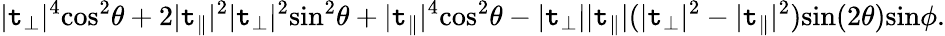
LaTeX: \lvert\mathtt{t}_{\perp}\rvert^{4}\textrm{{cos}}^{2}\theta+2\lvert\mathtt{t}_{\parallel}\rvert^{2}\lvert\mathtt{t}_{\perp}\rvert^{2}\textrm{{sin}}^{2}\theta+\lvert\mathtt{t}_{\parallel}\rvert^{4}\textrm{{cos}}^{2}\theta-\lvert\mathtt{t}_{\perp}\rvert\lvert\mathtt{t}_{\parallel}\rvert(\lvert\mathtt{t}_{\perp}\rvert^{2}-\lvert\mathtt{t}_{\parallel}\rvert^{2})\textrm{{sin}}(2\theta)\textrm{{sin}}\phi.